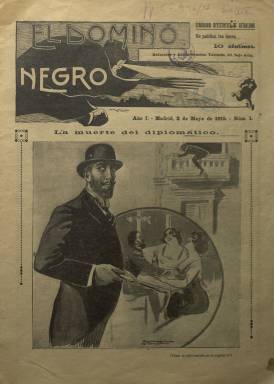
Título: El Dominó negro (Madrid)
Colección: Revistas de información general
Ámbito geográfico: Madrid
Lugar de publicación: Madrid
Fechas: 03/05/1915-24/05/1915

Con el subtítulo Semanario detectivesco de actualidad, esta publicación hace honor a su aire de misterio dado que al anonimato de sus promotores y a los pseudónimos utilizados por parte de sus colaboradores une la incertidumbre sobre la verdadera naturaleza de sus intenciones. Lo que parece un periódico dedicado a los sucesos y novelas policiacas resultó en realidad un libelo político de la peor naturaleza.

     Nacido en plena guerra mundial, El Dominó negro, título que hacía referencia a un popular disfraz de carnaval, formó parte de otras efímeras publicaciones dirigidas a combatir al Partido Radical de Lerroux, que era partidario de los aliados en su lucha contra las potencias centrales. Por eso en su fundación y financiación tuvo una parte importante la Embajada alemana en Madrid, según recoge Pedro Gómez Aparicio en su Historia del Periodismo Español.

    En el primer número del semanario, en el que colabora Emilio Carrere, uno de los personajes más característicos de la bohemia madrileña de principios del siglo XX,  hay un ataque a Lerroux en un reportaje firmado por Segundo Hornung  titulado ‘Lo que olfatean nuestro sabuesos’.

   “Es inverosímil… que  don Alejandro Lerroux haya tomado por su cuenta la contrata de zapatos, mantas y trajes de dril para el ejército francés”, se dice con buena carga de Ironía en dicho artículo, que no es único dirigido contra el político radical.

    Con 16 páginas por número y abundante publicidad, la lectura de las páginas de este periódico deja en ocasiones la duda de si lo que se lee refleja un caso real o es un relato de ficción. La BNE sólo posee los cuatro primeros números de esta publicación, pero no los números más comprometidos del semanario, que no sólo atacó al Partido Radical, sino también a los anarquistas y al mismo líder del PSOE, Pablo Iglesias.

     Así, en el número del 15 de diciembre de 1915, el semanario publicó una portada con la foto del dirigente socialista y este espectacular título: ‘Intervención de Pablo Iglesias en el complot contra Canalejas’, implicándole  en el asesinato del presidente del Gobierno ocurrido en 1912.

    La reacción no se se hizo esperar. El día 19 de diciembre, la revista Acción socialista, con el título ‘La sombra del Dominó’ en su portada, se refería a esa información tildándola de “cobarde calumnia” y en páginas interiores aclaraba el error que había llevado a “un canalla” a mezclar a Pablo Iglesias en el complot contra Canalejas.

   El 1 enero de 1916, una publicación socialista asturiana, El Distrito Cangües, dedicaba una columna a este asunto y daba nombres de los supuestos responsables de El Dominó negro, al que califican de “miserable papelucho”. Estos serían Gonzalo Pardo y López Serrano, “bigardos, hampones y galloferos” quienes, según ese medio socialista, habrían ampliado la campaña difamatoria contra Pablo Iglesias iniciada por el diario La Tribuna.

   En todo caso, El Dominó negro no sobrevivió al nuevo año de 1916 y todo parece indicar que su ataque al dirigente socialista fue la causa de su pronta desaparición.

[Descripción publicada el 15/03/2019]